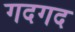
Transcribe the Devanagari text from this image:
गदगद